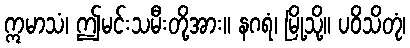
ဣမာသံ၊ ဤမင်းသမီးတို့အား။ နဂရံ၊ မြို့သို့။ ပဝိသိတုံ၊